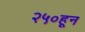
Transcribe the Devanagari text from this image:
२५०हून